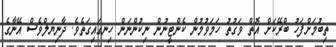
ތިބުމަށްފަހު ބްރޭކަށް އޮތް ވަގުތު ހަމަވުމުން ކެންޓީނުން ނިކުންނަން ހިނގައިގަތެވެ. ދާނިޔަލްވެސް އޭނާގެ